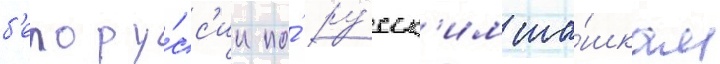
б'елору́сс'ии по́ ру́сск'им ша́шкам